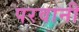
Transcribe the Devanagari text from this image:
परवानी